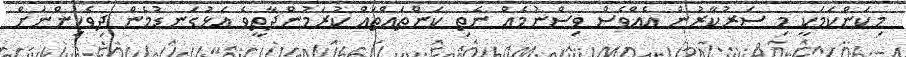
މިކަންކަމަކީ މި ސަރުކާރުން އެއްވެސް ވިސްނުމެއް ނެތި ކަންތައްތައް ކުރަމުންދާތީވެ އަޅުގަނޑުމެން ދިވެހިންނަށް